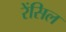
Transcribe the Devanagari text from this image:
रेंसिल